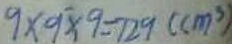
9 \times 9 \times 9 = 7 2 9 ( c m ^ { 3 } )